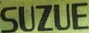
SUZUE